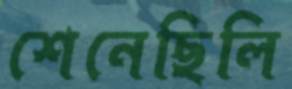
শেনেছিলি